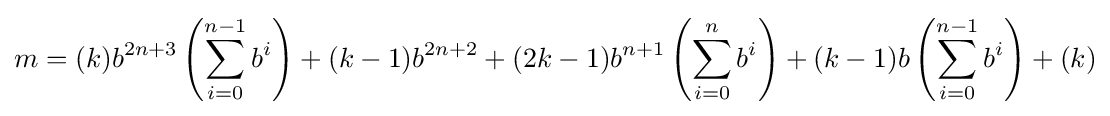
m=(k)b^{2n+3}\left(\sum _{i=0}^{n-1}b^{i}\right)+(k-1)b^{2n+2}+(2k-1)b^{n+1}\left(\sum _{i=0}^{n}b^{i}\right)+(k-1)b\left(\sum _{i=0}^{n-1}b^{i}\right)+(k)